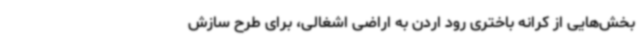
بخش‌هایی از کرانه باختری رود اردن به اراضی اشغالی، برای طرح سازش